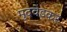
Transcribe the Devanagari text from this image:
मुदवेडकर